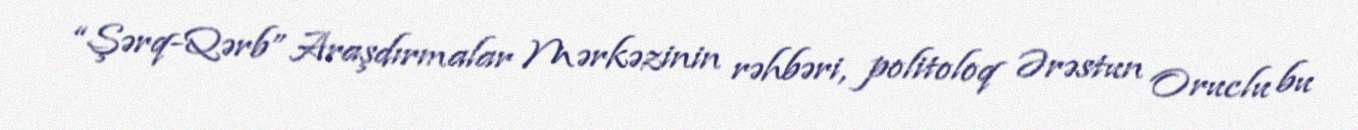
“Şərq-Qərb” Araşdırmalar Mərkəzinin rəhbəri, politoloq Ərəstun Oruclu bu